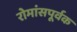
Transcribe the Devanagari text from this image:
रोमांसपूर्वक